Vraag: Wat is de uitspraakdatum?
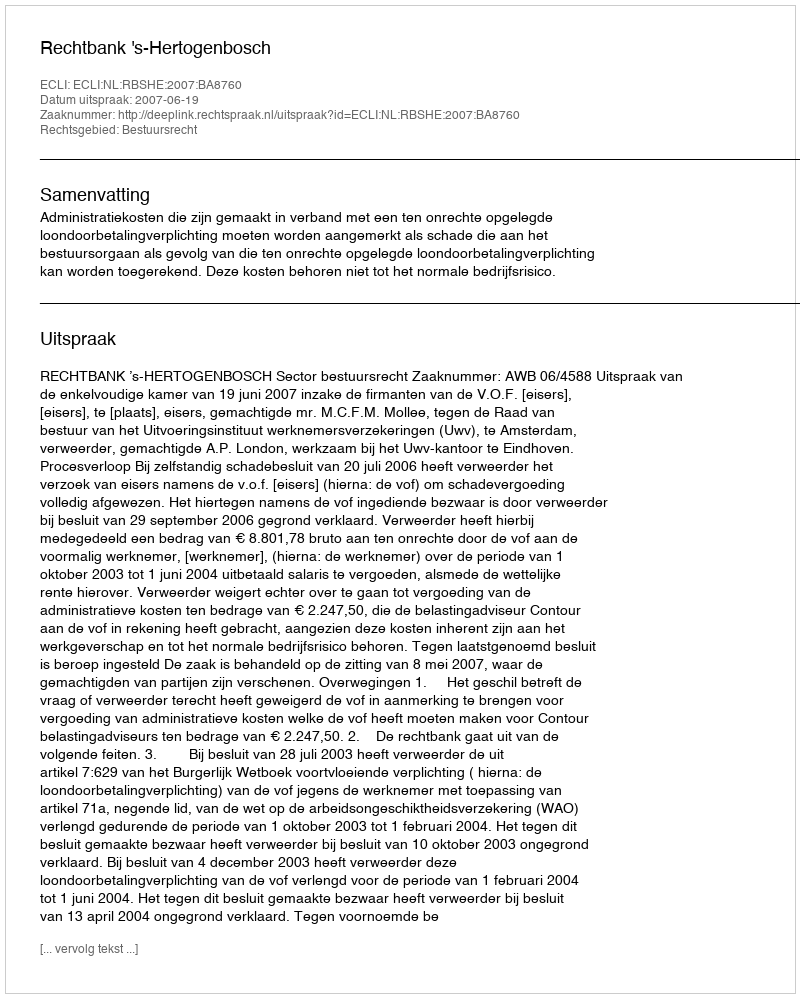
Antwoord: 2007-06-19